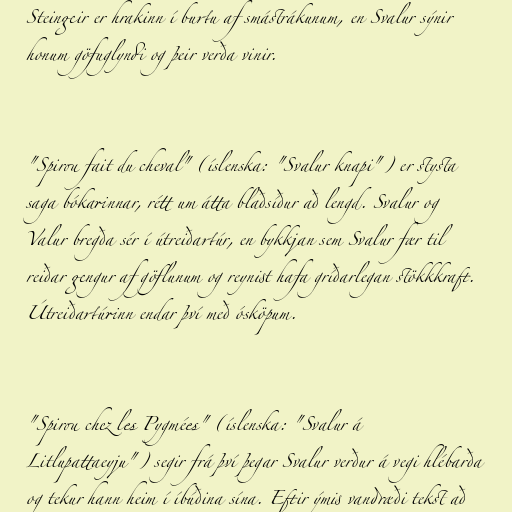
Steingeir er hrakinn í burtu af smástrákunum, en Svalur sýnir
honum göfuglyndi og þeir verða vinir.

"Spirou fait du cheval" (íslenska: "Svalur knapi") er stysta
saga bókarinnar, rétt um átta blaðsíður að lengd. Svalur og
Valur bregða sér í útreiðartúr, en bykkjan sem Svalur fær til
reiðar gengur af göflunum og reynist hafa gríðarlegan stökkkraft.
Útreiðartúrinn endar því með ósköpum.

"Spirou chez les Pygmées" (íslenska: "Svalur á
Litlupattaeyju") segir frá því þegar Svalur verður á vegi hlébarða
og tekur hann heim í íbúðina sína. Eftir ýmis vandræði tekst að